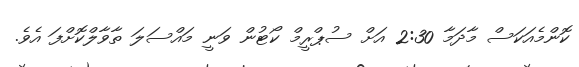
ކޮންމެއަކަސް މާދަމާ 2:30 އަށް ސުޕްރީމް ކޯޓުން ވަނީ މައްސަލަ ތާވާލްކޮށްފަ އެވެ.